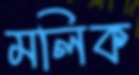
মলিক